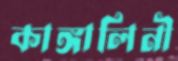
কাঙ্গালিনী